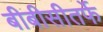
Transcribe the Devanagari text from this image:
बीबीसीतर्फे